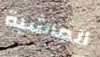
الماشية